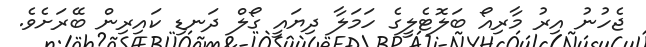
ޖެހުނު އިރު މާރިއޯ ބަލޮޓެލީގެ ހަމަލާ ދިޔައީ ގޯލް ދަނޑި ކައިރިން ބޭރަށެވެ.